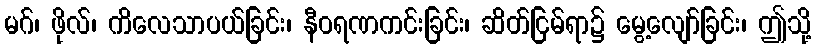
မဂ်၊ ဖိုလ်၊ ကိလေသာပယ်ခြင်း၊ နီဝရဏကင်းခြင်း၊ ဆိတ်ငြမ်ရာ၌ မွေ့လျော်ခြင်း၊ ဤသို့